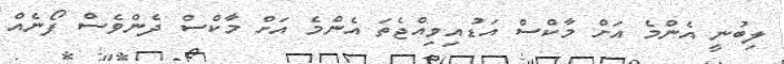
ލިބުނީ އެންމެ އަށް މާކްސް އަޑުއިވިއްޖެތަ އެންމެ އަށް މާކްސް ދެންވެސް ފޯނެއް